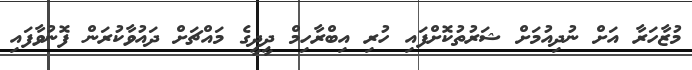
މުޒާހަރާ އަށް ނުދިއުމަށް ޝަރުތުކޮށްފައި ހުރި އިބްރާހިމް ދީދީގެ މައްޗަށް ދައުވާކުރަން ފޮނުވާފައި